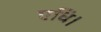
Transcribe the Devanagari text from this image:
एधि।